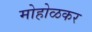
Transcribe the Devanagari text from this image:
मोहोळकर